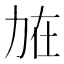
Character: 𠡘